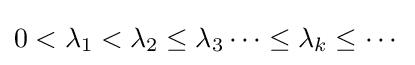
0<\lambda _{1}<\lambda _{2}\leq \lambda _{3}\cdots \leq \lambda _{k}\leq \cdots